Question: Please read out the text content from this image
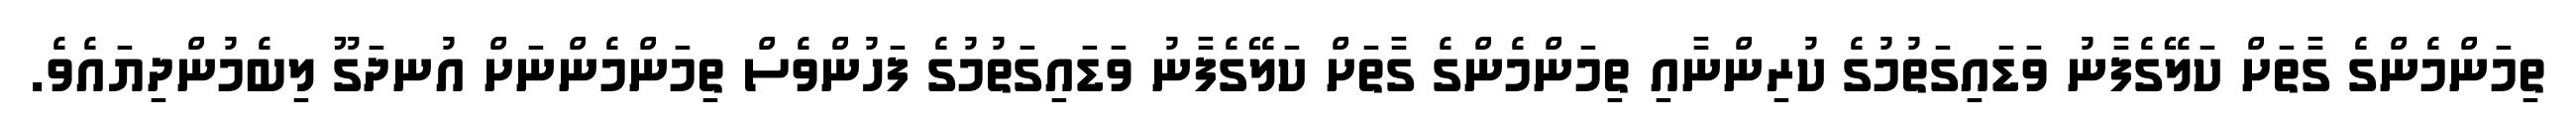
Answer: ތިމަންމެންގެ ގާތަށް ކަލޭގެފާނު ވަޑައިގަތުމުގެ ކުރިންނާއި ތިމަންމެންގެ ގާތަށް ކަލޭގެފާނު ވަޑައިގަތުމުގެ ފަހުންވެސް ތިމަންމެންނަށް އުނދަގޫ ލިބެމުންދިޔައެވެ.